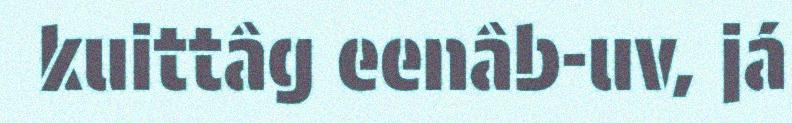
kuittâg eenâb-uv, já